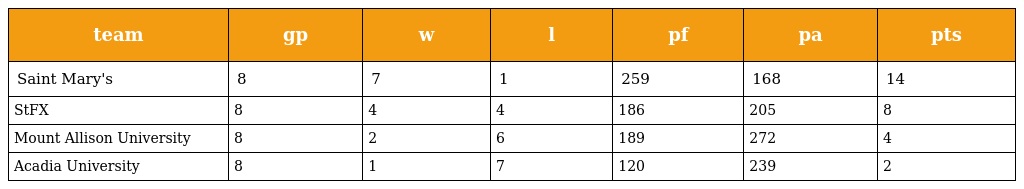
| team | gp | w | l | pf | pa | pts |
 | --- | --- | --- | --- | --- | --- | --- |
 | Saint Mary's | 8 | 7 | 1 | 259 | 168 | 14 |
 | StFX | 8 | 4 | 4 | 186 | 205 | 8 |
 | Mount Allison University | 8 | 2 | 6 | 189 | 272 | 4 |
 | Acadia University | 8 | 1 | 7 | 120 | 239 | 2 |